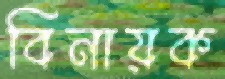
বিনায়ক